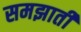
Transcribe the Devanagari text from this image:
समझातीं